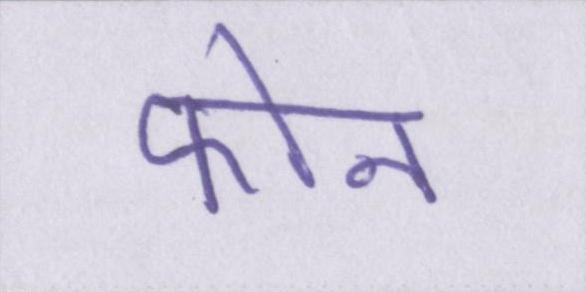
फोन